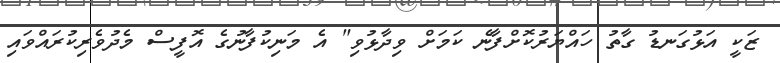
ޒަކީ އަޅުގަނޑު ގާތު ހައްޔަރުކޮށްފާނެ ކަމަށް ވިދާޅުވި" އެ މަނިކުފާނުގެ އޮފީސް މެދުވެރިކުރައްވައި